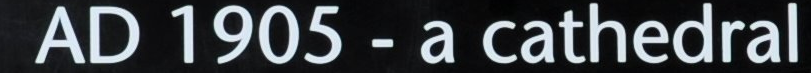
AD 1905 - a cathedral